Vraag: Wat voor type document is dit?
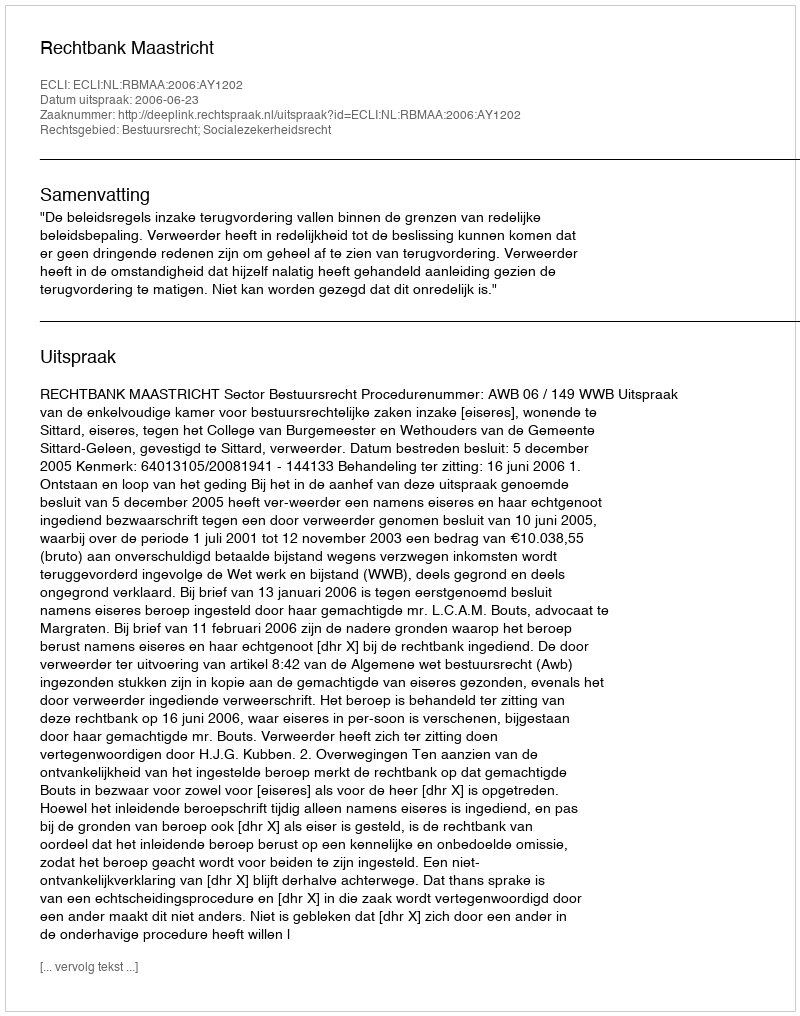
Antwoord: Uitspraak